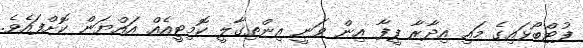
ފުޓްބޯޅައިގެ މައި އިދާރާ ފީފާ އިން ވަނީ އިންތިގާލީ ކޮމިޓީއެއް އައްޔަން ކޮށްފައެވެ.